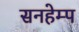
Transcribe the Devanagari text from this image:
सनहेम्प